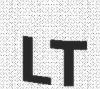
LT